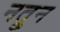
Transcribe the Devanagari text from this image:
नत्रुन